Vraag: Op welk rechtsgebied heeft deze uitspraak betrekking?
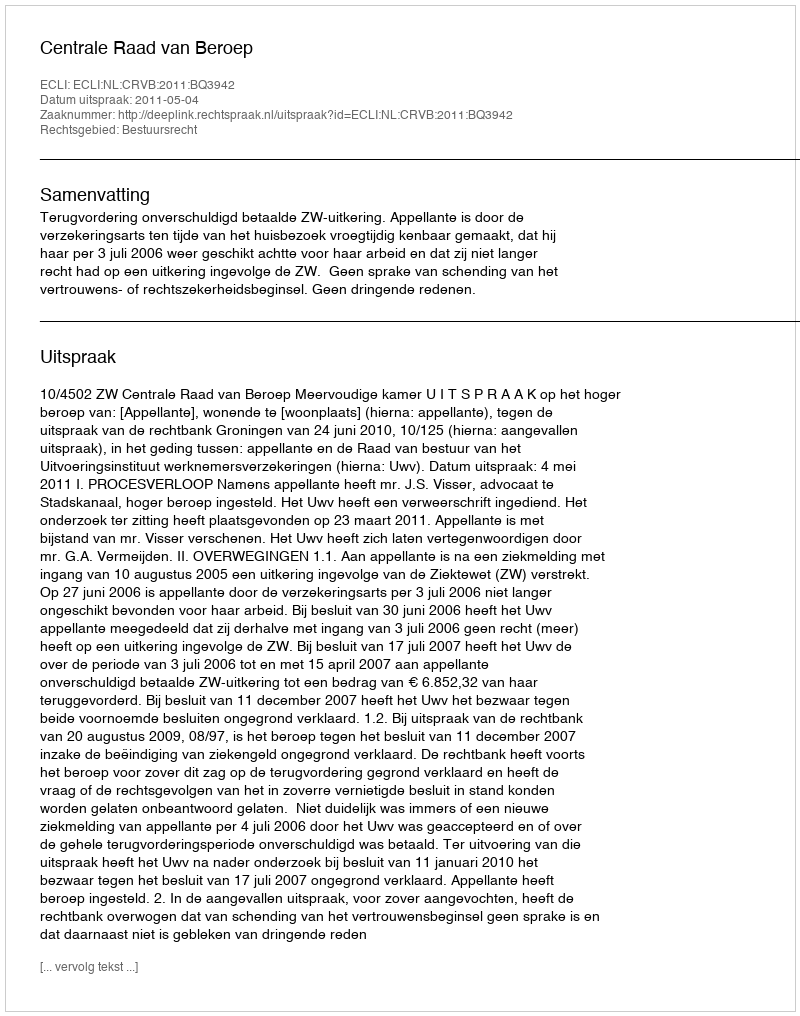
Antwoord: Bestuursrecht